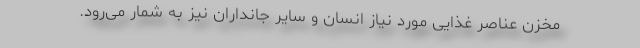
مخزن عناصر غذایی مورد نیاز انسان و سایر جانداران نیز به شمار می‌رود.